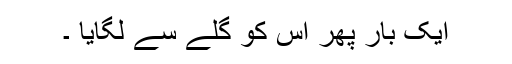
ایک بار پھر اس کو گلے سے لگایا ۔